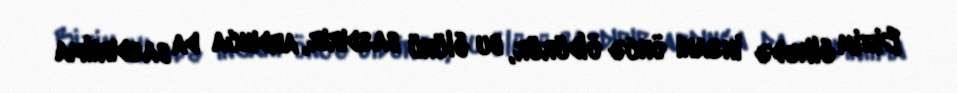
Bizim ölkədə insanı öncə öldürür, bu ölünü basdırır, ardınca da basdırılma